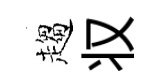
趨𠬧